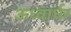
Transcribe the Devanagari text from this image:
ऊध्वार्धर